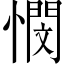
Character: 憫